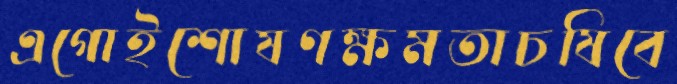
এগোইশোষণক্ষমতাচষিবে